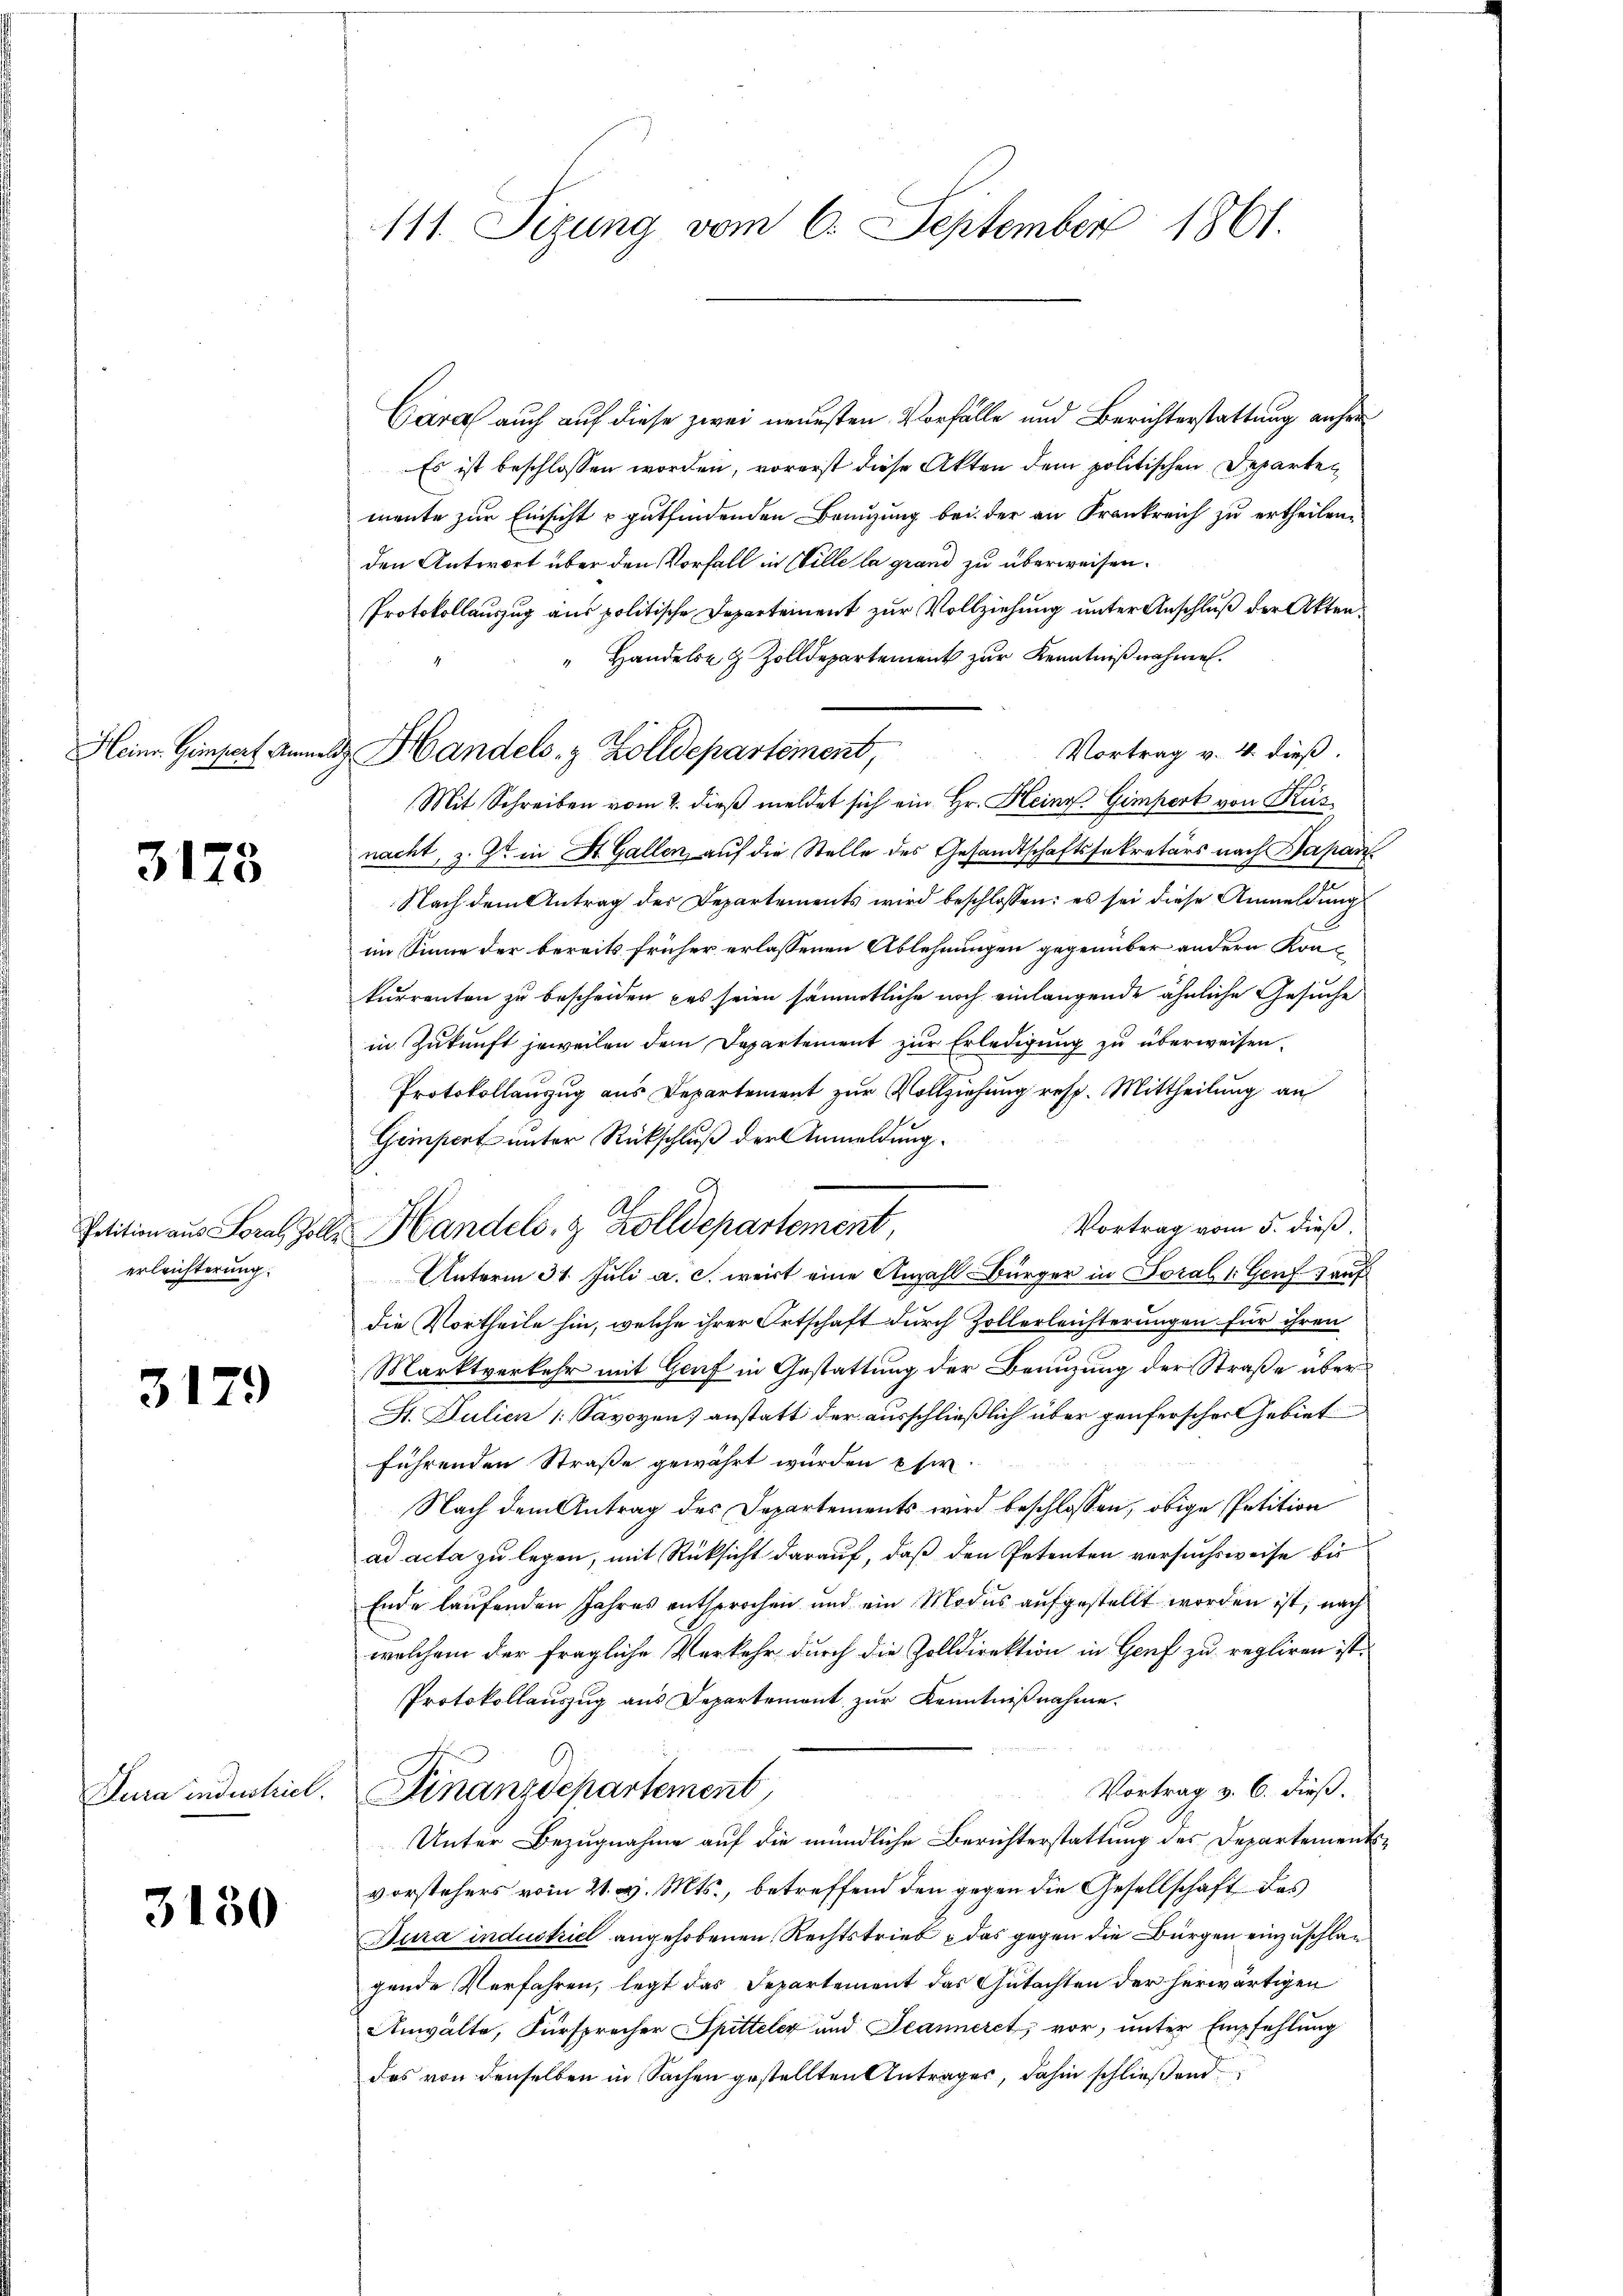
Heinr. Gimpert Anna

3173

erleichterung:

3179

3180

111. Sizung vom 6. September 1861.

Cara auch auf diese zwei neuesten Vorfälle und Berichterstattung anfer
Es ist beschlossen worden, vorerst diese Akten dem politischen Departen
mente zur Einsicht u gutfindenden Benuzung bei der an Frankreich zu ertheilen.
den Antwort über den Vorfall in Wille la grand zu überweisen.
Protokollauszug aus politische Departement zur Vollziehung unter Anschluß der Akten.
Handels- & Zolldepartement zur Kenntnißnahmen.
Vortrag v. 4. dieß.
Mit Schreiben vom 2. dieß meldet sich ein Hr. Heinr. Gimport von Küsnacht, z. Zt. in St. Gallen, auf die Stelle des Gesandtschaftssekretärs nach Bapan
Nach dem Antrag der Departements wird beschlossen: es sei diese Anmeldung
im Sinne der bereits früher erlassenen Ablehnungen gegenüber andern Könne
kurrenten zu bescheiden das seien sämmtliche noch einlangende ähnliche Gesuche
in Zukunft jeweilen dem Departement zur Erledigung zu überweisen.
Protokollauszug aus Departement zur Vollziehung resp. Mittheilung an
Gempert unter Rückschluß der Anmeldung.
Vortrag vom 5. dieß
Unterm 31. Juli a. c. weist eine Anzahl Bürger in Foral (Genf auf
die Vortheile hin, welche ihrer Ortschaft durch Zollerleichterungen für ihren
Marktverkehr mit Genf in Gestattung der Benuzung der Straße über
St. Julien (Savoven) anstatt der ausschließlich über penferscher Gebiet
führenden Straße gewährt wurden usw.
Nach dem Antrag des Departements wird beschlossen, obige Petition
ad acta zu legen, mit Rücksicht darauf, daß den Petenten versuchsweise bis
Ende laufenden Jahres entsprochen und ein Modus aufgestellt worden ist, nach
welchem der fragliche Verkehr durch die Zolldirektion in Genf zu regliren ist.
Protokollauszug aus Departemont zur Kenntnißnahme.
Vortrag v. 6. dieß.
Jura inderhiel. Finanzdepartement
Unter Bezugnahme auf die mündliche Berichterstattung des Departementsvorstehers vom 21. v. Mts., betreffend den gegen die Gesellschaft des
Bura industriel angehobenen Rechtstrieb – das gegen die Bürgen einzuschlag
gende Verfahren, legt das Departement das Gutachten der herwärtigen
Anwälte, Fürsprecher Spitteler und Jeanneret, vor, unter Empfehlung
das von denselben in Sachen gestellten Antrages, dahin schließend

d. Handels. z. Zolldepartement,

Petition aus Loral, Zolle Handels- & Zolldepartement,

3